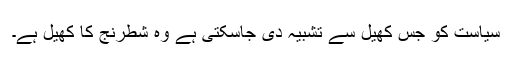
سیاست کو جس کھیل سے تشبیہ دی جاسکتی ہے وہ شطرنج کا کھیل ہے۔